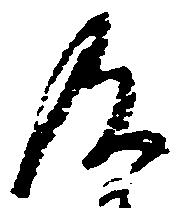
及